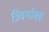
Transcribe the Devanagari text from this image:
त्रिवर्गासह